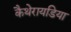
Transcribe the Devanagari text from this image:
कैथेरायडिया